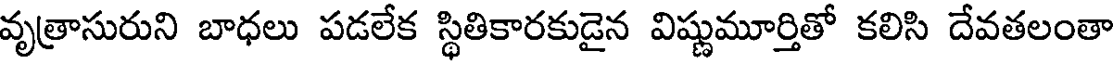
వృత్రాసురుని బాధలు పడలేక స్థితికారకుడైన విష్ణుమూర్తితో కలిసి దేవతలంతా